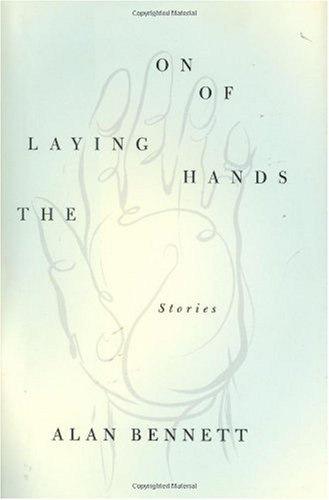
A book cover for The Laying On of Hands: Stories; Alan Bennett; Religion & Spirituality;